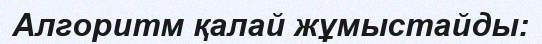
Алгоритм қалай жұмыстайды: